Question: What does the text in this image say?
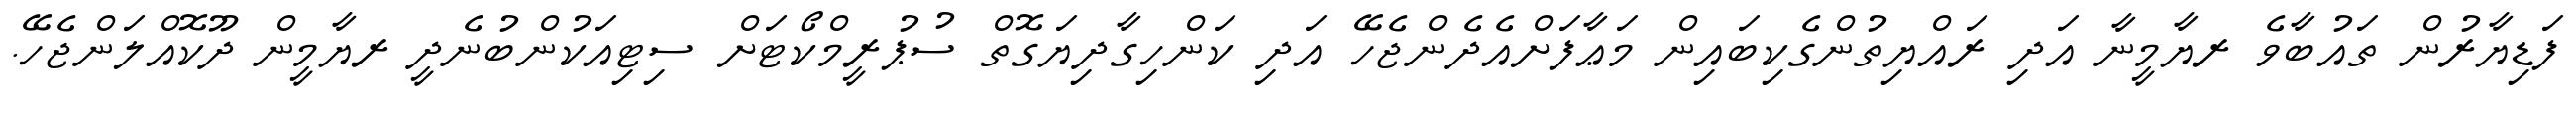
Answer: ފަޑިޔާރުން ތައުބާވެ ރޔާމީނާ އަދި ރައްޔިތުންގެކިބައިން މަޢާފަށްއެދެންޖެހޭ އަދި ކަންހިގާދިޔަގޮތް ސުޕުރީމްކޯޓަށް ސިޓިއަކުންބުނެދީ ރޔާމީން ދޫކޮއްލަންޖެހޭ.